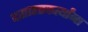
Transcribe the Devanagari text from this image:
वसाहतकर्त्यांना